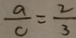
\frac { a } { c } = \frac { 2 } { 3 }